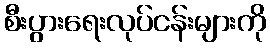
စီးပွားရေးလုပ်ငန်းများကို